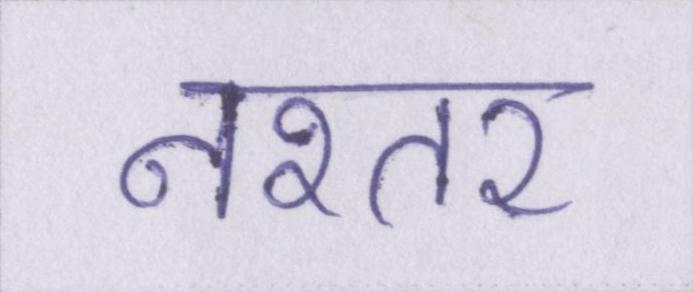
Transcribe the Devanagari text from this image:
नश्तर